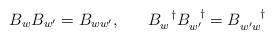
LaTeX: \begin{align*}B_{w}B_{w^{\prime}}= B_{ww^{\prime}}, \;\;\;\;\;\; B_{w}^{\;\;\;\dagger}B_{w^{\prime}}^{\;\;\;\dagger}= B_{w^{\prime}w}^{\;\;\;\;\;\;\dagger}\end{align*}